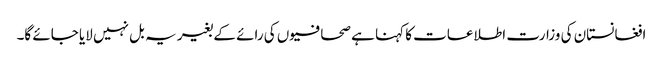
افغانستان کی وزارت اطلاعات کا کہنا ہے صحافیوں کی رائے کے بغیر یہ بل نہیں لایا جائے گا۔